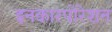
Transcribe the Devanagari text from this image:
इनकारपोरेशन